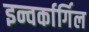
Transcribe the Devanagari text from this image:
इन्वर्कार्गिल